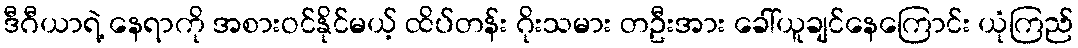
ဒီဂီယာရဲ့ နေရာကို အစားဝင်နိုင်မယ့် ထိပ်တန်း ဂိုးသမား တဦးအား ခေါ်ယူချင်နေကြောင်း ယုံကြည်